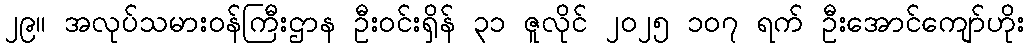
၂၉။ အလုပ်သမားဝန်ကြီးဌာန ဦးဝင်းရှိန် ၃၁ ဇူလိုင် ၂၀၂၅ ၁၀၇ ရက် ဦးအောင်ကျော်ဟိုး